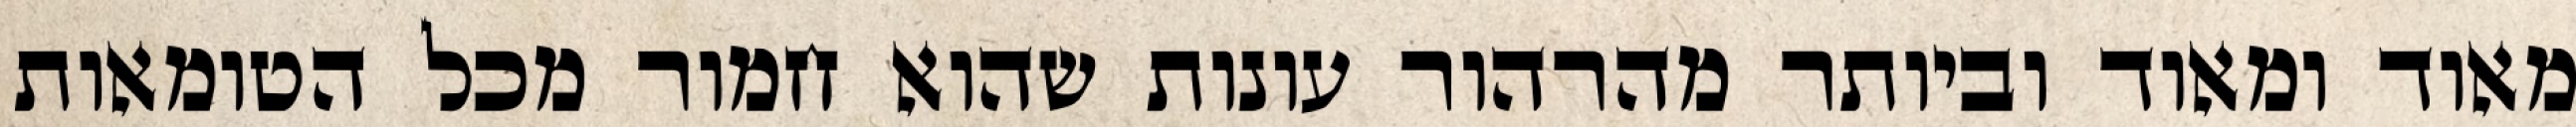
מאוד ומאוד וביותר מהרהור עונות שהוא חמור מכל הטומאות